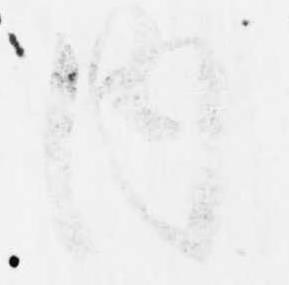
内